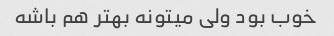
خوب بود ولی میتونه بهتر هم باشه